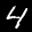
Label: 4